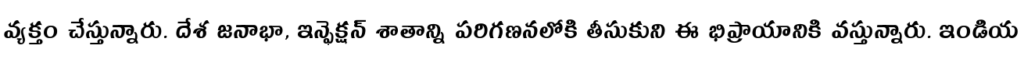
వ్యక్తం చేస్తున్నారు. దేశ జనాభా, ఇన్ఫెక్షన్ శాతాన్ని పరిగణనలోకి తీసుకుని ఈ భిప్రాయానికి వస్తున్నారు. ఇండియ